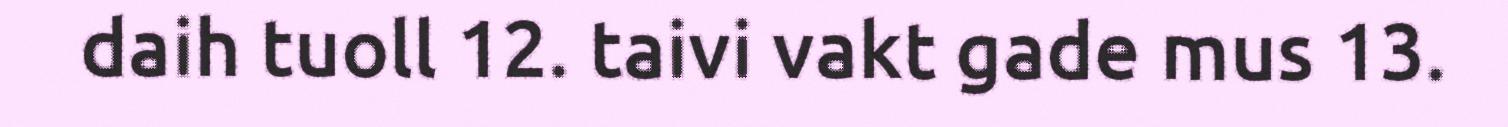
daih tuoll 12. taivi vakt gade mus 13.